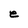
Character: e